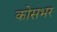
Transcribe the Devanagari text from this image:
कोसभर